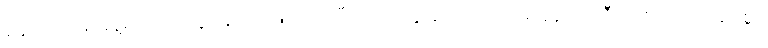
နောက်တစ်နေ့မှ ထုတ်ယူရန် ဆုံးဖြတ်ကြပြီးလျှင်၊ ကျွန်ုပ်တို့သည် စခန်းတဲဆီသို့ စိတ်ကျေနပ်စွာ